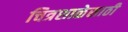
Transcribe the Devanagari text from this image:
चित्रशाळेसाठी